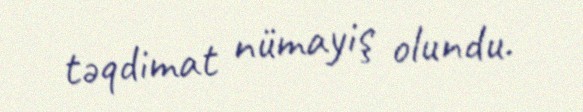
təqdimat nümayiş olundu.